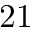
2 1